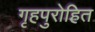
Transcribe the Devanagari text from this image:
गृहपुरोहित